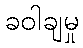
ခဝါချမှု